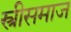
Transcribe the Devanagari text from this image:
स्त्रीसमाज